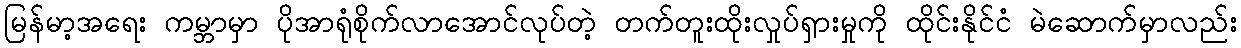
မြန်မာ့အရေး ကမ္ဘာမှာ ပိုအာရုံစိုက်လာအောင်လုပ်တဲ့ တက်တူးထိုးလှုပ်ရှားမှုကို ထိုင်းနိုင်ငံ မဲဆောက်မှာလည်း